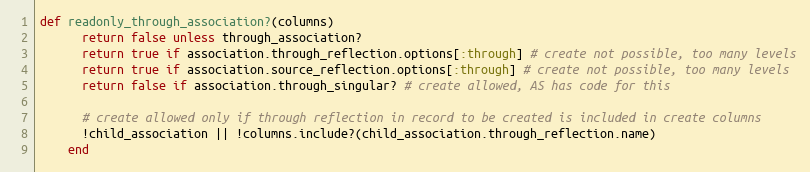
Language: Ruby
def readonly_through_association?(columns)
      return false unless through_association?
      return true if association.through_reflection.options[:through] # create not possible, too many levels
      return true if association.source_reflection.options[:through] # create not possible, too many levels
      return false if association.through_singular? # create allowed, AS has code for this

      # create allowed only if through reflection in record to be created is included in create columns
      !child_association || !columns.include?(child_association.through_reflection.name)
    end